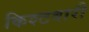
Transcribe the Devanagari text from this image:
किश्टवारी